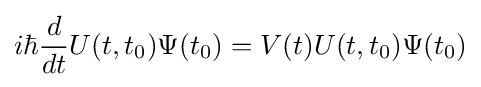
i\hbar {\frac {d}{dt}}U(t,t_{0})\Psi (t_{0})=V(t)U(t,t_{0})\Psi (t_{0})